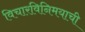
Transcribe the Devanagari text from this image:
विचारविनिमयाची